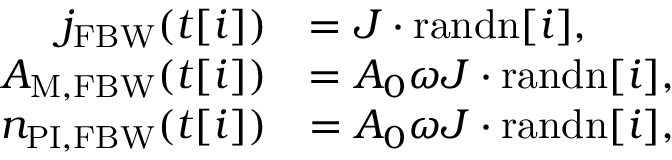
\begin{array} { r l } { j _ { \mathrm { F B W } } ( t [ i ] ) } & { = J \cdot \mathrm { r a n d n } [ i ] , } \\ { A _ { \mathrm { M , F B W } } ( t [ i ] ) } & { = A _ { 0 } \omega J \cdot \mathrm { r a n d n } [ i ] , } \\ { n _ { \mathrm { P I , F B W } } ( t [ i ] ) } & { = A _ { 0 } \omega J \cdot \mathrm { r a n d n } [ i ] , } \end{array}